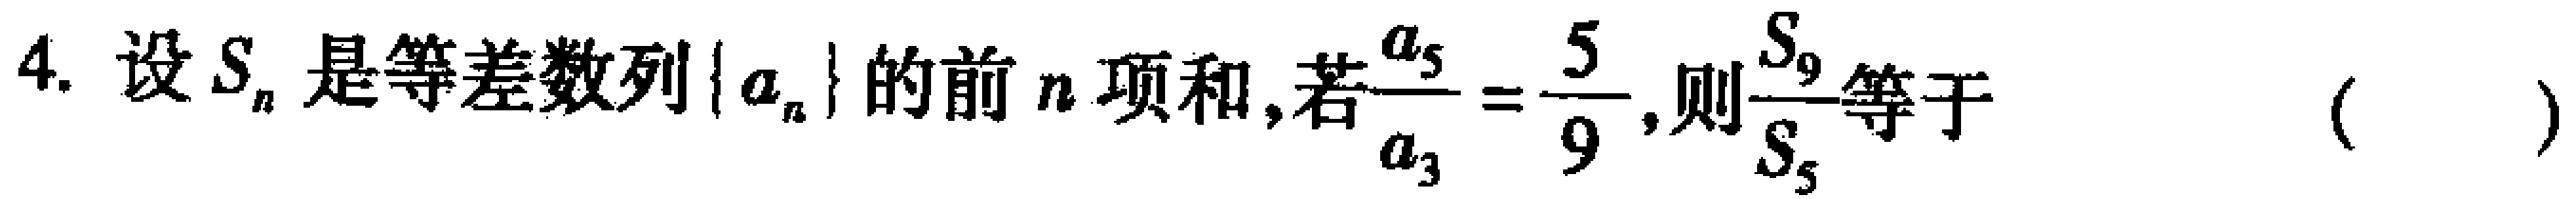
4. 设\(S_{n}\)是等差数列\(\{ a_{n}\}\)的前\(n\)项和,若\(\frac{a_{5}}{a_{3}}=\frac{5}{9}\),则\(\frac{S_{9}}{S_{5}}\)等于（  ）